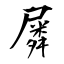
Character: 𡳞